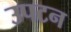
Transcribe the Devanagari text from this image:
उपटन